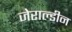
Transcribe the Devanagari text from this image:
जेराल्डीन